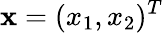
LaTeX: \mathbf{x}=(x_{1},x_{2})^{T}